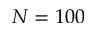
N = 1 0 0